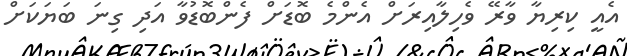
އެއީ ކިރިޔާ ވާރޭ ވެހިލާއިރަށް އެންމެ ބޮޑަށް ފެންބޮޑުވާ އަދި ގިނަ ބަޔަކަށް